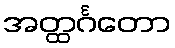
အတ္ထင်္ဂတော